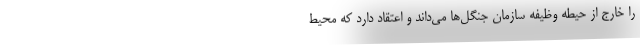
را خارج از حیطه وظیفه سازمان جنگل‌ها می‌داند و اعتقاد دارد که محیط